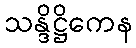
သန္ဒိဋ္ဌိကေန